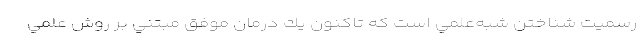
رسميت شناختن شبه‌علمي است كه تاكنون يك درمان موفق مبتني بر روش علمي